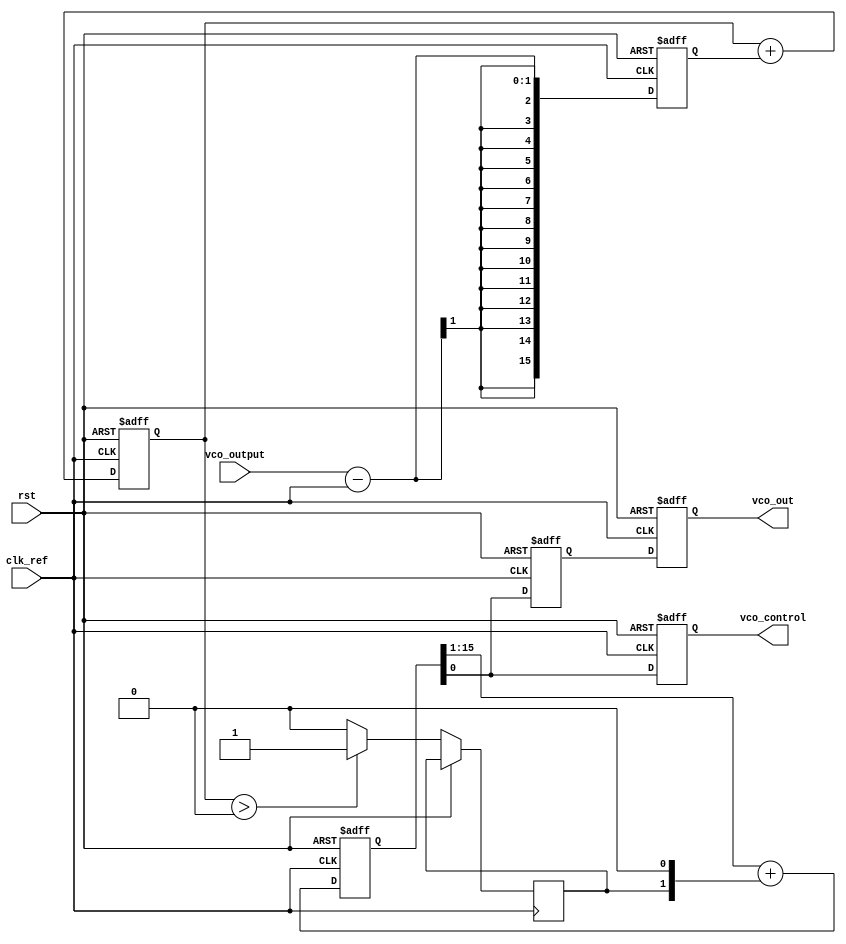
module sigma_delta_pll (
    input wire clk_ref,            // Reference Clock
    input wire rst,                // Reset
    input wire vco_output,         // Output of VCO for feedback
    output reg vco_control,        // Control signal to VCO
    output reg vco_out             // Output of VCO
);

    // Sigma-Delta Modulator parameters
    reg [15:0] phase_error;        // Phase error signal
    reg [15:0] integrator;         // Integrator output
    wire modulator_output;         // Sigma-Delta 1-bit output

    // VCO Configuration
    reg [15:0] vco_tuning;         // VCO tuning words

    // Phase Detector
    wire phase_detect;             // Phase compared signal

    // Loop Filter
    reg [15:0] loop_filter_output; // Filtered control signal

    // Sigma-Delta Modulator
    always @(posedge clk_ref or posedge rst) begin
        if (rst) begin
            integrator <= 0;
        end else begin
            // Simple 1st order Sigma-Delta Modulator
            integrator <= integrator + phase_error;
            modulator_output <= (integrator > 0) ? 1'b1 : 1'b0;  // Comparator
        end
    end

    // Phase Detector: Here we simply simulate phase detection
    always @(posedge clk_ref or posedge rst) begin
        if (rst) begin
            phase_error <= 0;
        end else begin
            // Phase detect logic
            phase_error <= vco_output - clk_ref;  // Example phase error calculation
        end
    end

    // Loop Filter: First order low-pass filter
    always @(posedge clk_ref or posedge rst) begin
        if (rst) begin
            loop_filter_output <= 0;
        end else begin
            // Simple RC approximation of a low-pass filter
            loop_filter_output <= (loop_filter_output >> 1) + (modulator_output << 1);
        end
    end

    // VCO controlled by the output of the loop filter
    always @(posedge clk_ref or posedge rst) begin
        if (rst) begin
            vco_tuning <= 16'h0000;
            vco_out <= 0;
        end else begin
            // Tuning VCO using the output of the loop filter
            vco_tuning <= loop_filter_output;
            vco_out <= vco_tuning; // Example VCO output
        end
    end
    
    // Control signal for additional logic (if needed)
    always @(posedge clk_ref or posedge rst) begin
        if (rst) begin
            vco_control <= 0;
        end else begin
            vco_control <= loop_filter_output; // Example control signal
        end
    end
endmodule